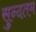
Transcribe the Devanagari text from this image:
सुन्दतम